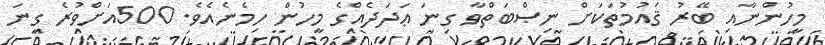
މީހުންނާއި ބޭރު ޤައުމުތަކަށް ނިޞްބަތްވާ ގިނަ ޢަދަދެއްގެ މީހުން ހިމެނެއެވެ. 500އަށްވުރެ ގިނަ